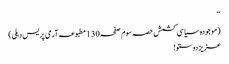
‘‘
(موجودہ سیاسی کشمش حصہ سوم صفحہ130مطبوعہ آرمی پریس دہلی)
عزیز دوستو!